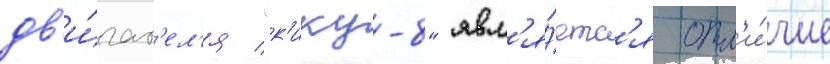
дв'и́гат'ел'я "к'ику-8" явл'я́етс'я отл'и́чие